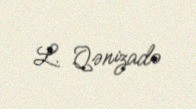
L. Qənizadə